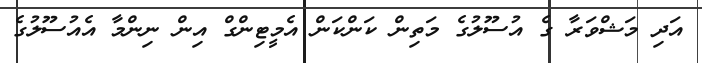
އަދި މަޝްވަރާ ގެ އުސޫލުގެ މަތިން ކަންކަން އެމީޓިންގް އިން ނިންމާ އެއުސޫލުގެ